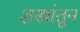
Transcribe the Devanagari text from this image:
शस्त्रांतून